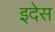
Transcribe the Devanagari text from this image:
इदेस